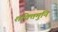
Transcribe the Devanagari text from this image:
शक्तिमुनि